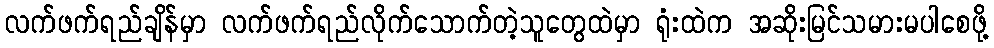
လက်ဖက်ရည်ချိန်မှာ လက်ဖက်ရည်လိုက်သောက်တဲ့သူတွေထဲမှာ ရုံးထဲက အဆိုးမြင်သမားမပါစေဖို့